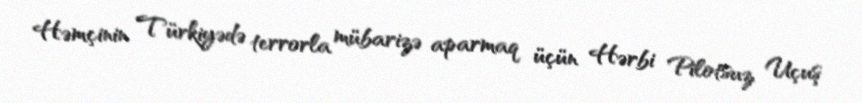
Həmçinin Türkiyədə terrorla mübarizə aparmaq üçün Hərbi Pilotsuz Uçuş